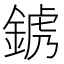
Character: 𨨍